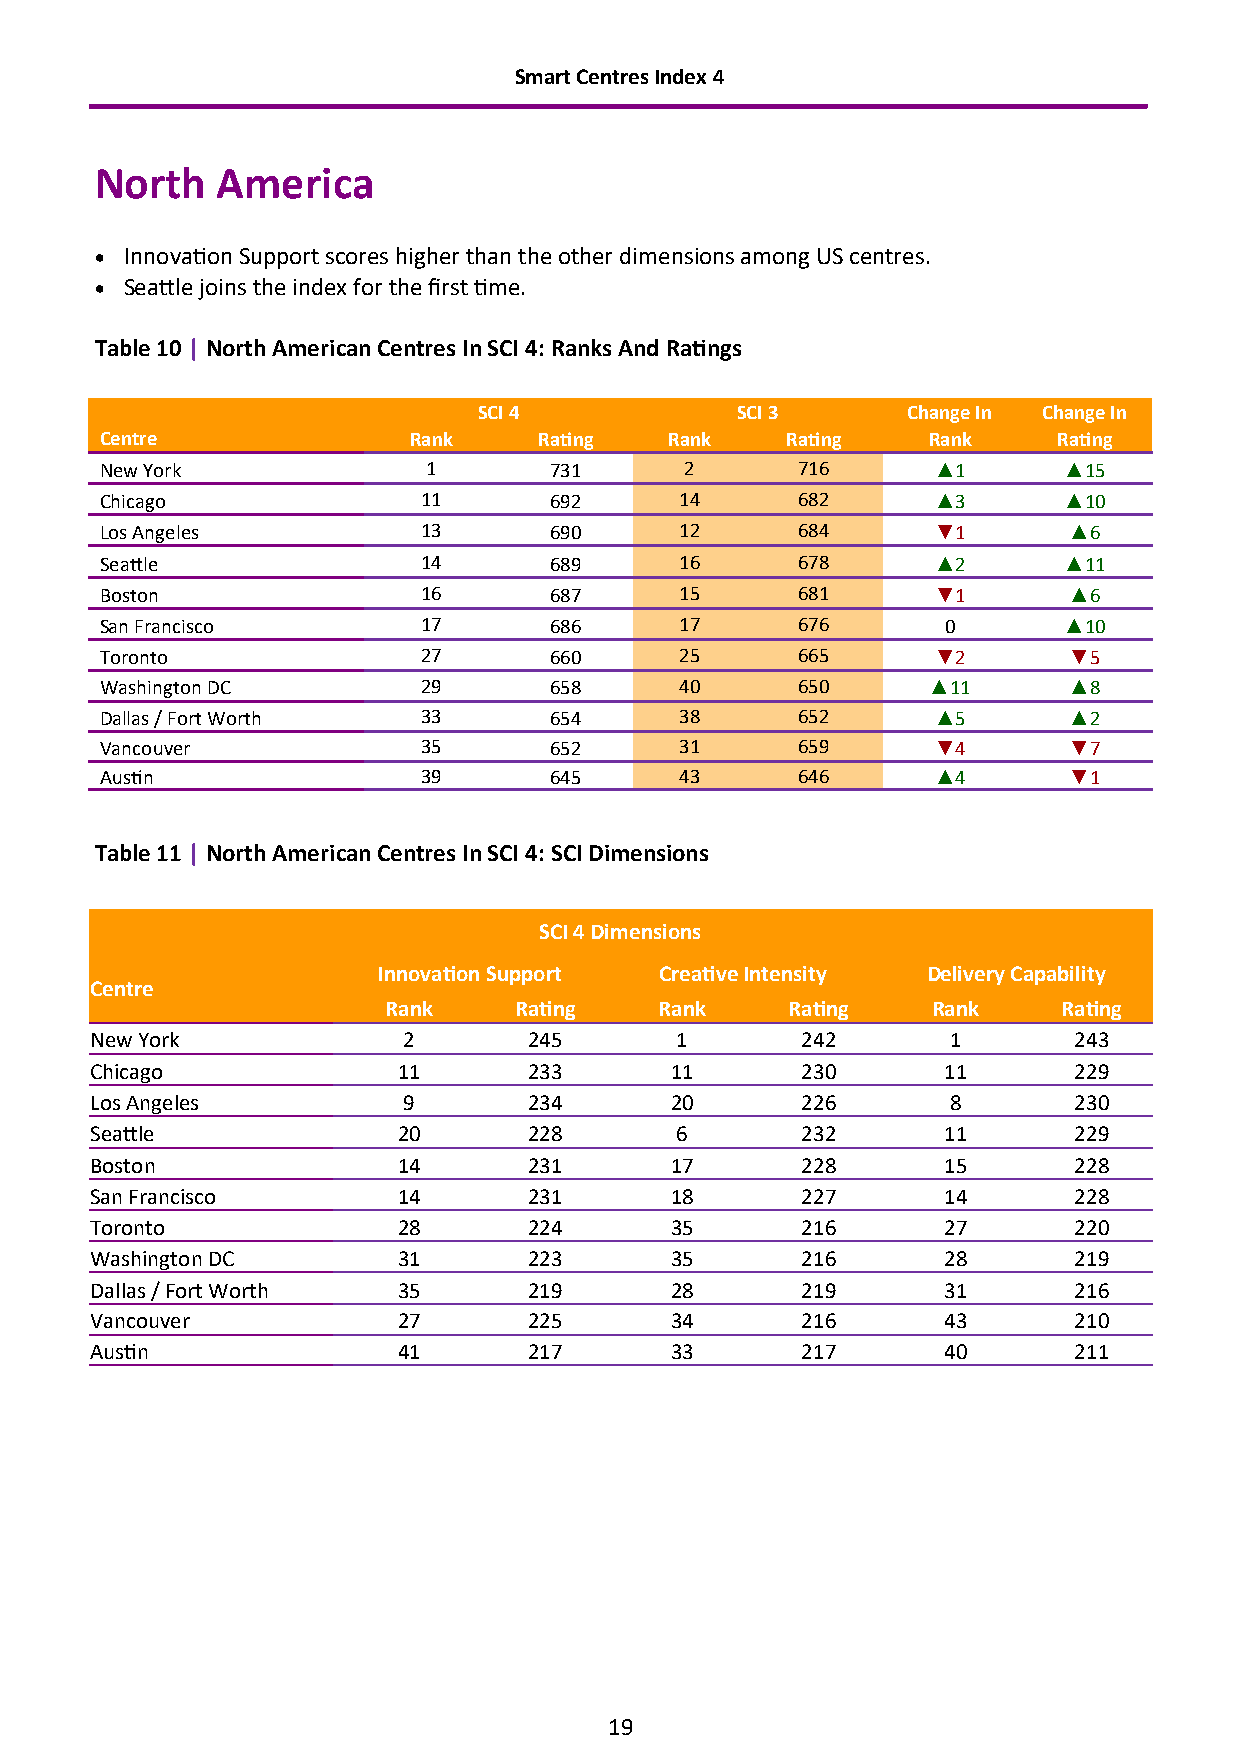
Smart Centres Index 4
 North   America
 • Innovation Support scores higher than the other dimensions among US centres.
 • Seattle joins the index for the first time.
 Table 10 | North American Centres In SCI 4: Ranks And Ratings
 SCI 4            SCI 3      Change In Change In
 Centre              Rank     Rating  Rank    Rating   Rank     Rating
 New York             1       731      2       716      ▲1      ▲15
 Chicago              11      692      14      682      ▲3      ▲10
 Los Angeles          13      690      12      684      ▼1       ▲6
 Seattle              14      689      16      678      ▲2      ▲11
 Boston               16      687      15      681      ▼1       ▲6
 San Francisco        17      686      17      676       0      ▲10
 Toronto              27      660      25      665      ▼2       ▼5
 Washington DC        29      658      40      650     ▲11       ▲8
 Dallas / Fort Worth  33      654      38      652      ▲5       ▲2
 Vancouver            35      652      31      659      ▼4       ▼7
 Austin               39      645      43      646      ▲4       ▼1
 Table 11 | North American Centres In SCI 4: SCI Dimensions
 SCI 4 Dimensions
 Innovation Support Creative Intensity Delivery Capability
 Centre
 Rank     Rating    Rank    Rating    Rank    Rating
 New York             2       245       1       242       1       243
 Chicago             11       233      11       230      11       229
 Los Angeles          9       234      20       226       8       230
 Seattle             20       228       6       232      11       229
 Boston              14       231      17       228      15       228
 San Francisco       14       231      18       227      14       228
 Toronto             28       224      35       216      27       220
 Washington DC       31       223      35       216      28       219
 Dallas / Fort Worth 35       219      28       219      31       216
 Vancouver           27       225      34       216      43       210
 Austin              41       217      33       217      40       211
 19